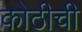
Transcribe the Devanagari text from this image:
कोठीची